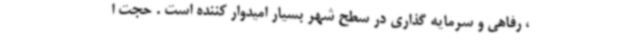
، رفاهی و سرمایه گذاری در سطح شهر بسیار امیدوار کننده است . حجت ا